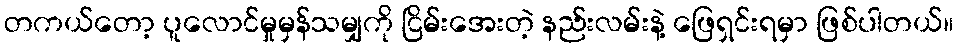
တကယ်တော့ ပူလောင်မှုမှန်သမျှကို ငြိမ်းအေးတဲ့ နည်းလမ်းနဲ့ ဖြေရှင်းရမှာ ဖြစ်ပါတယ်။